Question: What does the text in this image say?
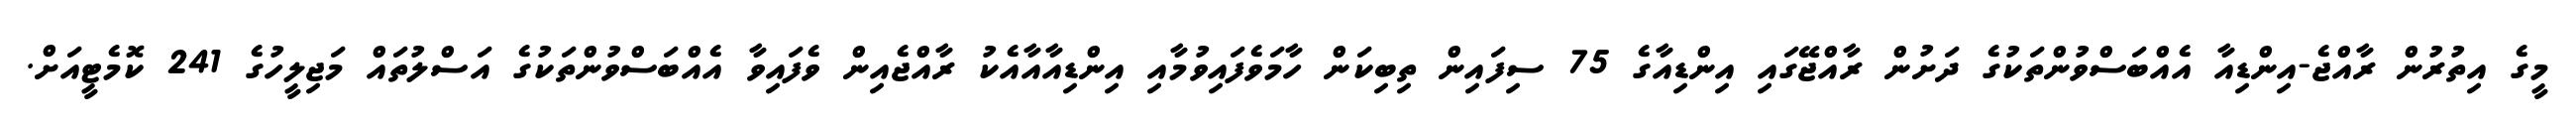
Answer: މީގެ އިތުރުން ރާއްޖެ-އިންޑިއާ އެއްބަސްވުންތަކުގެ ދަށުން ރާއްޖޭގައި އިންޑިއާގެ 75 ސިފައިން ތިބިކަން ހާމަވެފައިވުމާއި އިންޑިއާއާއެކު ރާއްޖެއިން ވެފައިވާ އެއްބަސްވުންތަކުގެ އަސްލުތައް މަޖިލީހުގެ 241 ކޮމެޓީއަށް.